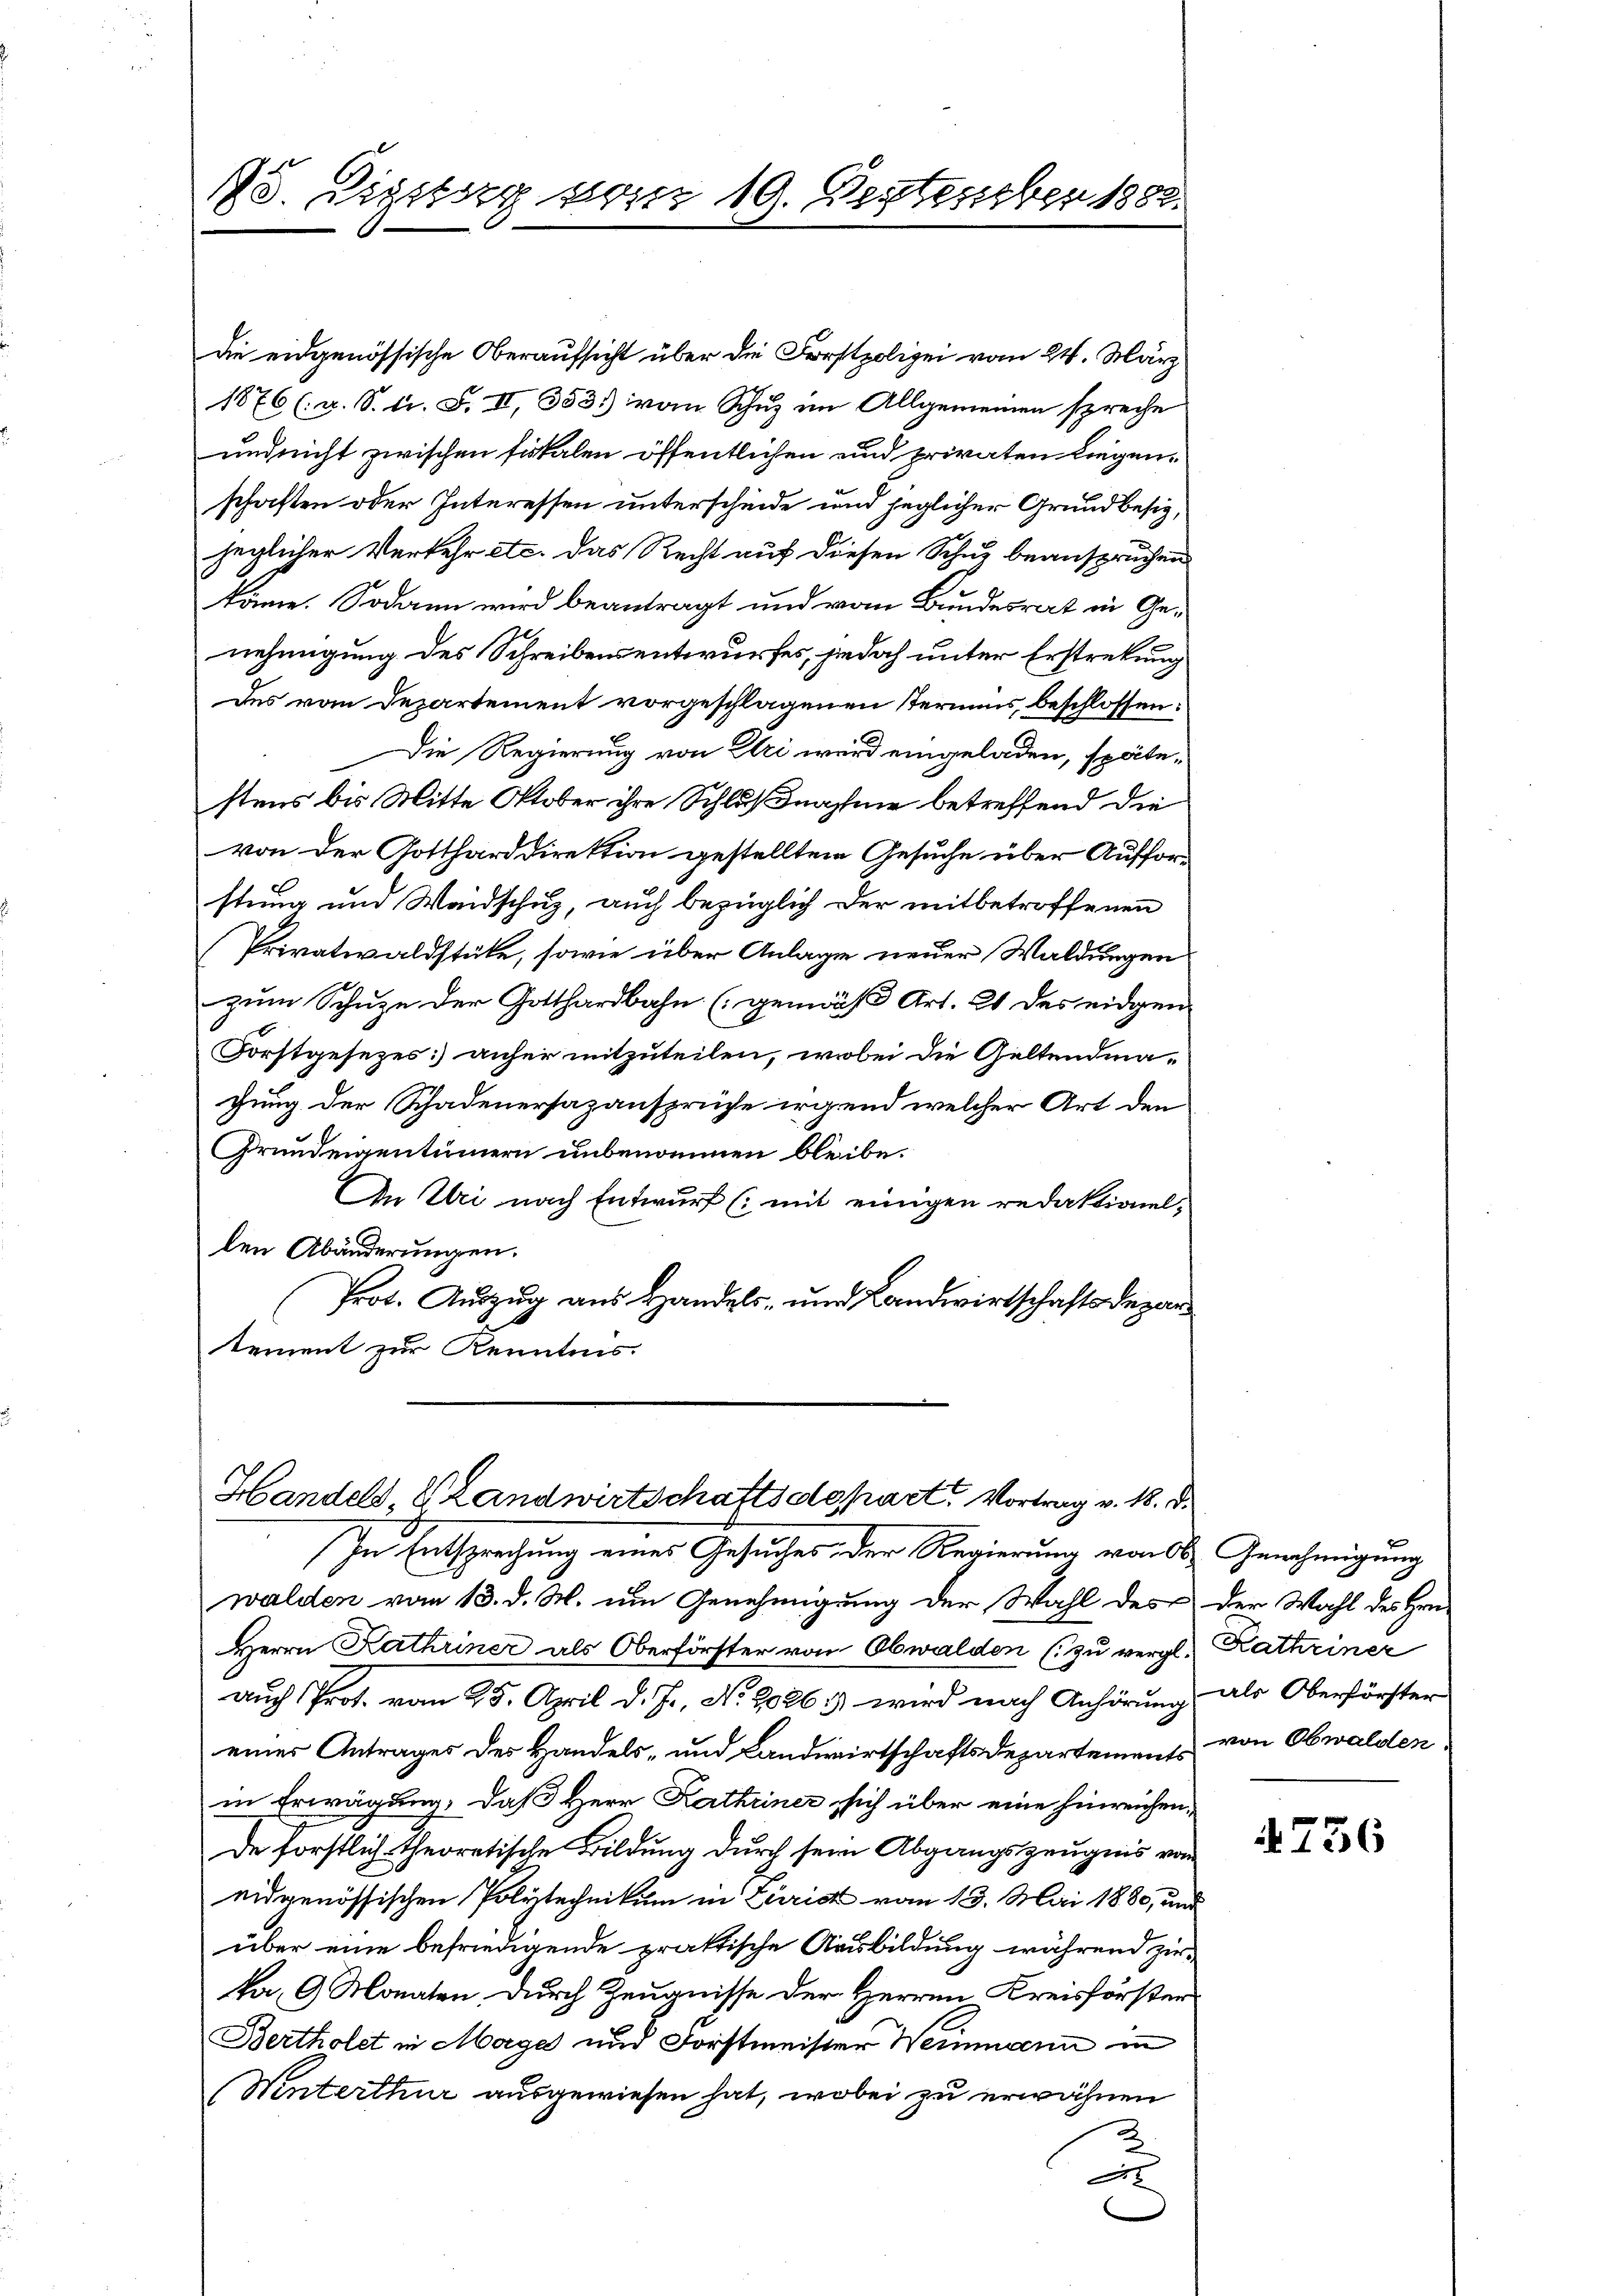
78. Eigsberg wir 19. September 1888.

die eidgenössische Oberaufsicht über die Forstpolizei vom 24. März
1876 (u. S. A. S. II, 353. vom Schuz im Allgemeinen spreche
und nicht zwischen fiskalen öffentlichen und privaten Liegenschaften oder Interessen unterschiede und jeglicher Grundbesiz,
jeglicher Verkehr etc. das Recht auf diesen Schuz beanspruchen
käme. Sodann wird beantragt und vom Bundesrat in Genehmigung des Schreibensentwurfes, jedoch unter Erstretung
des vom Departement vorgeschlagenen Termins, beschlossen:
xx
Die Regierung von Uri wird eingeladen, spätestens bis Mitte Oktober ihre Schlußnahme betreffend die
von der Gottharddirektion gestellten Gesuche über Aufforstung und Waidschuz, auch bezüglich der mitbetroffenen
Privatwaldstüke, sowie über Anlage neuer Waldungen
zum Schuze der Gotthardbahn (gemäß Art. 21 des eidgen
Forstgesezes anher mitzuteilen, wobei die Geltendmagung der Schadenersazansprüche irgend welcher Art den
Grundeigentümern unbenommen bleibe.
An Wei nach Entwurf (mit einigen redaktionel-
len Abänderungen.
Prot. Auszug aus Handels- und Landwirtschaftsdepartement zur Kenntnis.

Handels, Handwirtschaftsdepart. Vortrag v. 18. d.

In Entsprechung eines Gesuches der Regierung von Ob. Genehmigung
walden vom 13. d. M. um Genehmigung der Wahl des der Wahl des Hrn.

Herrn Kathriner als Oberförster von Obwalden (zu vergl. Kathriner
auch Prot. vom 25. April d. J., No. 2026 3) wird nach Anhörung als Oberförster
eines Antrages der Handels- und Landwirtschaftsdepartements
in Erwägung, daß Herr Kathriner sich über eine hinreichen,
De förstlich theoretische Bildung durch sein Abgangszeugnis von
eidgenössischen Polytechnikum in Zürich vom 13. Mai 1880, und
über eine befriedigende praktische Ausbildung während zur
ka, 9 Monaten. Durch Zeugnisse der Herren Kreisförster
Bertholet in Mage und Forstmeister Weinmann in
(Winterthur ausgewiesen hat, wobei zu erwähnen
¬

von Obwalden.

736